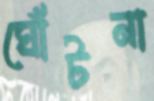
ঘোঁটনা